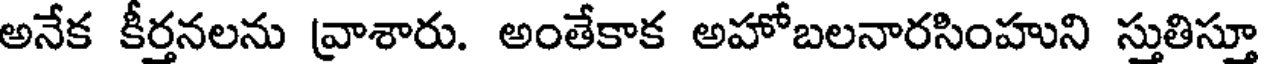
అనేక కీర్తనలను వ్రాశారు. అంతేకాక అహోబలనారసింహుని స్తుతిస్తూ